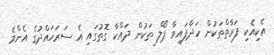
އެކިއެކި ފަރާތްތަކުން ހަދާފައިވާ ޕޯލް ތަކުން ދައްކާ ގޮތުގައި އެ ސަރަހައްދުގެ އެންމެ